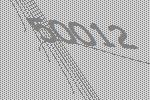
50012